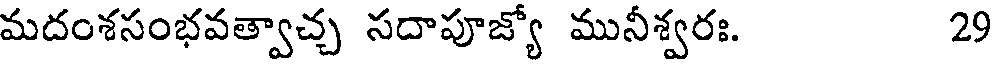
మదంశసంభవత్వాచ్చ సదాపూజ్యో మునీశ్వరః. 29